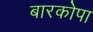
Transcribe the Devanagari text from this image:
बारकोपा